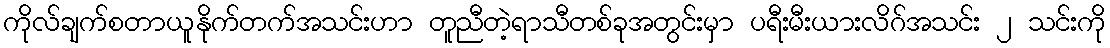
ကိုလ်ချက်စတာယူနိုက်တက်အသင်းဟာ တူညီတဲ့ရာသီတစ်ခုအတွင်းမှာ ပရီးမီးယားလိဂ်အသင်း ၂ သင်းကို